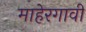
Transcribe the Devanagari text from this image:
माहेरगावी